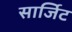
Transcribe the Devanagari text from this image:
सार्जिट